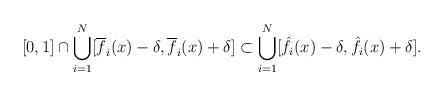
LaTeX: \begin{align*}[0,1]\cap\bigcup_{i=1}^N[\overline f_i(x)-\delta,\overline f_i(x)+\delta]\subset\bigcup_{i=1}^N[\hat f_{i}(x)-\delta,\hat f_{i}(x)+\delta].\end{align*}